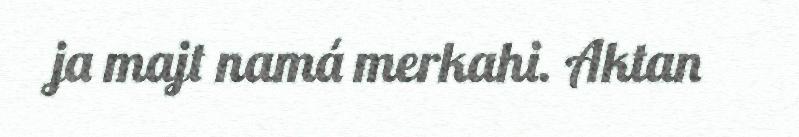
ja majt namá merkahi. Aktan